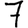
Digit: 7